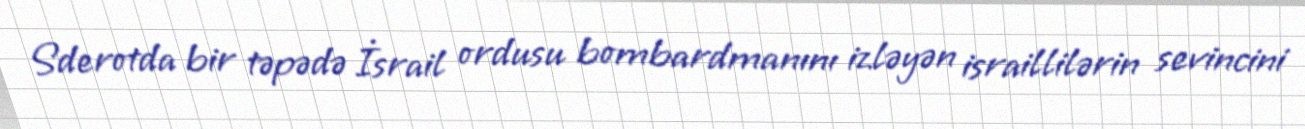
Sderotda bir təpədə İsrail ordusu bombardmanını izləyən israillilərin sevincini